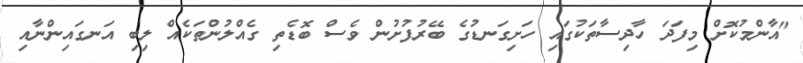
"އާންމުކޮށް މިފަދަ ހާދިސާތަކުގައި ހަށިގަނޑުގެ ބޭރުފުށުން ވެސް ބޮޑެތި ގެއްލުންތަކެއް ލިބި އަނގައިންނާއި